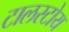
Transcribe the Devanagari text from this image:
टालस्टोय